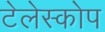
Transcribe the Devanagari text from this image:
टेलेस्कोप